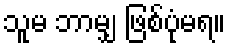
သူမ ဘာမျှ ဖြစ်ပုံမရ။